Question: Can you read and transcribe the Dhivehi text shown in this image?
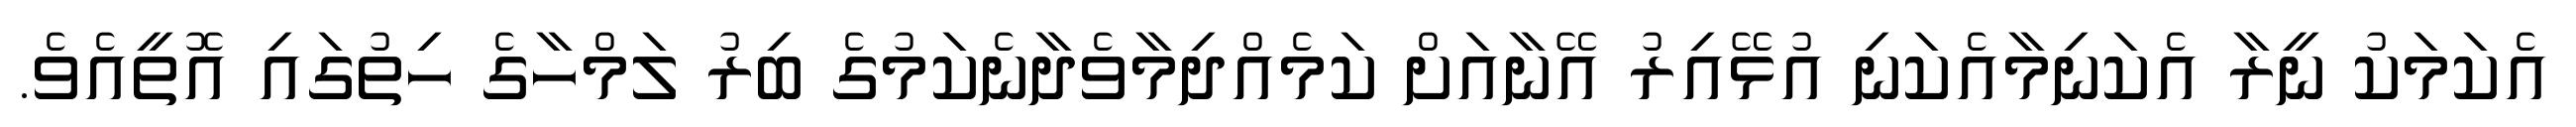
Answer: އެކަމަކު ނީރާ އެކަނިމާއެކަނި އުޅޭއިރު އޭނާއަށް ކަމެއްދިމާވެދާނެކަމުގެ ބިރު ލަމްހާގެ ހިތުގައި އޮތީއެވެ.